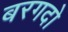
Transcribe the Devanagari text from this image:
बरगदो